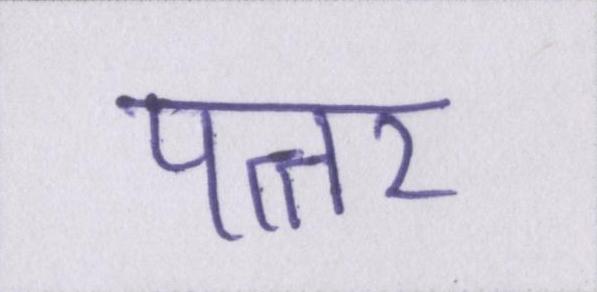
पत्तर